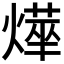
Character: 𭶂